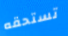
تستحقه